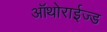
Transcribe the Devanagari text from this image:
ऑथोराईज्ड